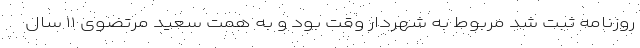
روزنامه ثبت شد مربوط به شهردار وقت بود و به همت سعید مرتضوی ۱۱ سال